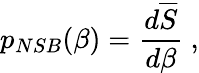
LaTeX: p_{NSB}(\beta)=\frac{d\overline{{S}}}{d\beta}~,